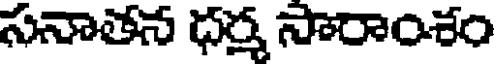
సనాతన ధర్మ సారాంశం